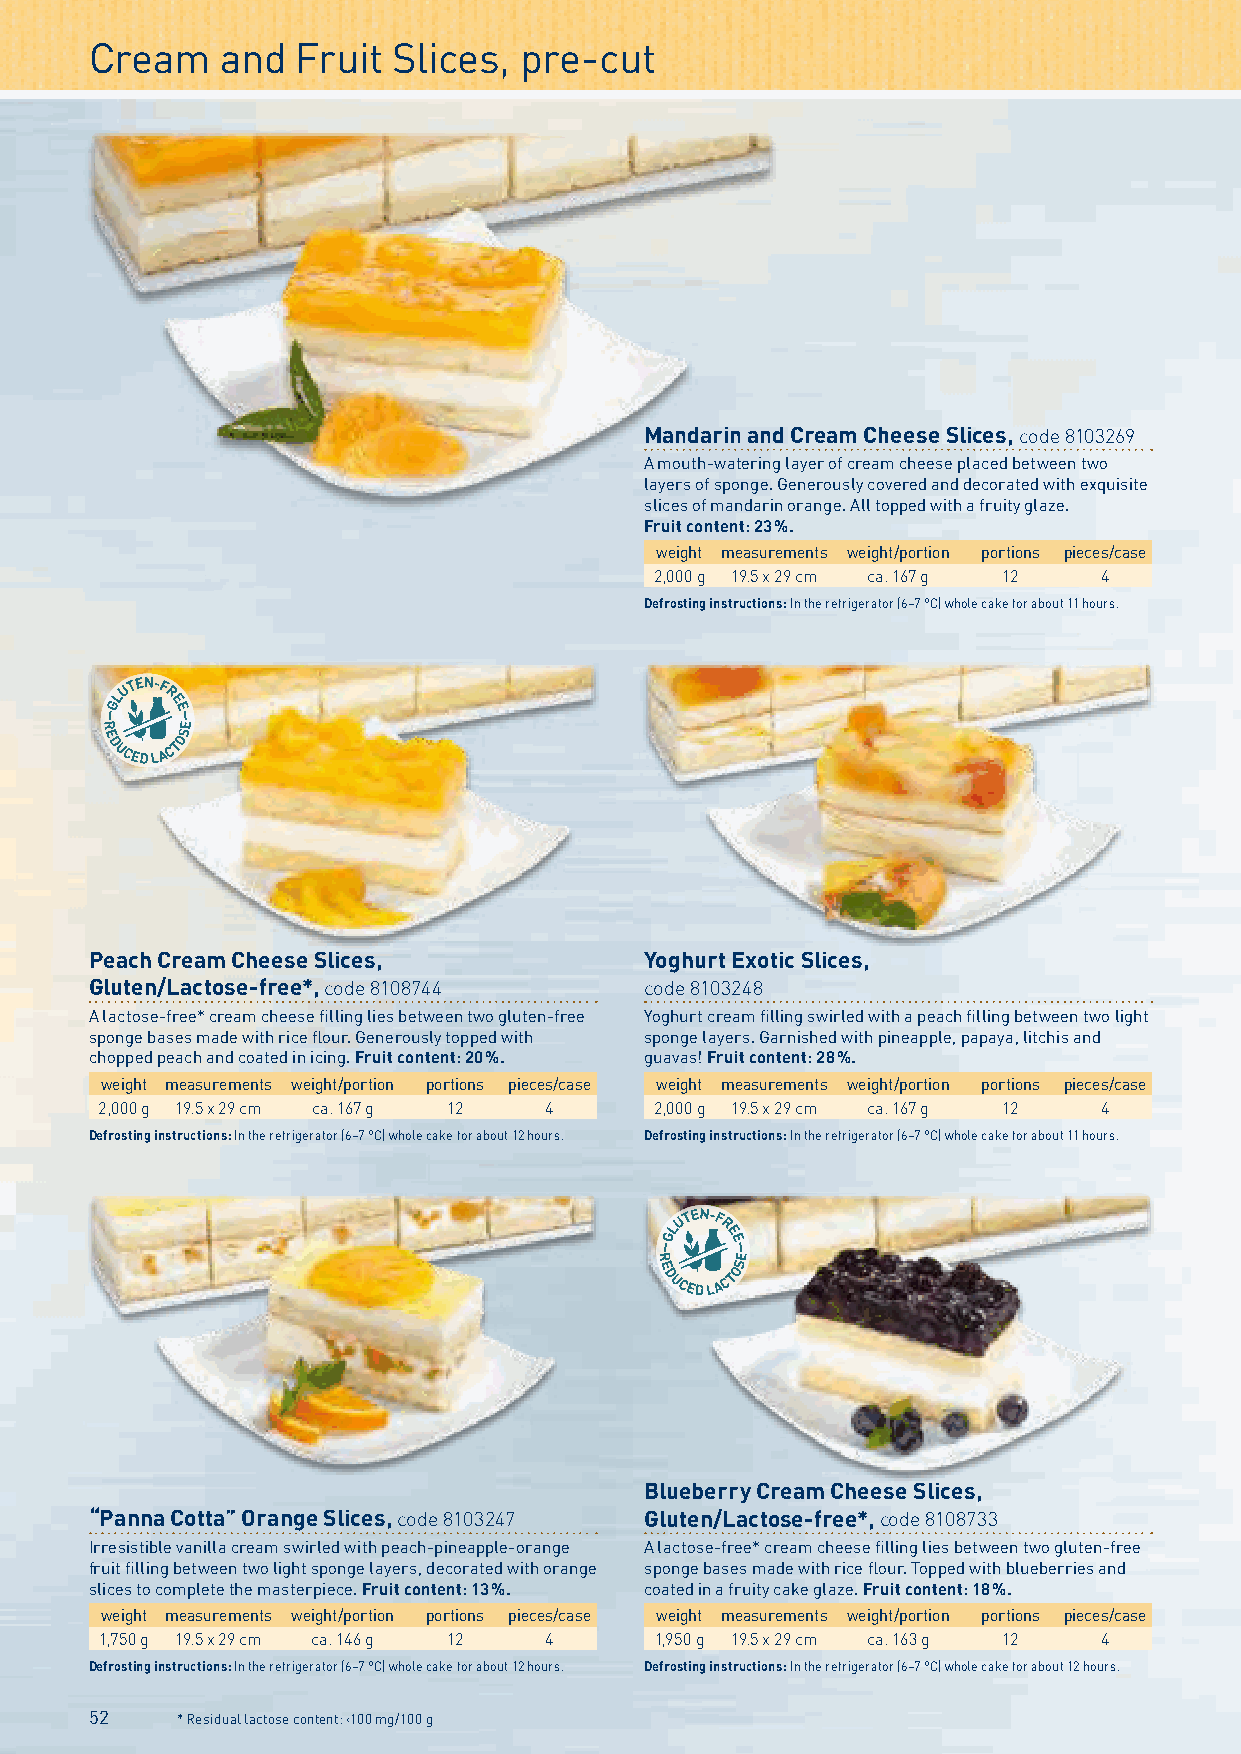
Cream    and  Fruit Slices, pre-cut
 Mandarin and Cream Cheese Slices, code 8103269
 A mouth-watering layer of cream cheese placed between two
 layers of sponge. Generously covered and decorated with exquisite
 slices of mandarin orange. All topped with a fruity glaze.
 Fruit content: 23 %.
 weight measurements weight/portion portions pieces/case
 2,000 g 19.5 x 29 cm ca. 167 g 12 4
 Defrosting instructions: In the refrigerator (6–7 °C) whole cake for about 11 hours.
 Peach Cream Cheese Slices,           Yoghurt Exotic Slices,
 Gluten/Lactose-free*, code 8108744   code 8103248
 A lactose-free* cream cheese filling lies between two gluten-free Yoghurt cream filling swirled with a peach filling between two light
 sponge bases made with rice flour. Generously topped with sponge layers. Garnished with pineapple, papaya, litchis and
 chopped peach and coated in icing. Fruit content: 20 %. guavas! Fruit content: 28 %.
 weight measurements weight/portion portions pieces/case weight measurements weight/portion portions pieces/case
 2,000 g 19.5 x 29 cm ca. 167 g 12 4  2,000 g 19.5 x 29 cm ca. 167 g 12 4
 Defrosting instructions: In the refrigerator (6–7 °C) whole cake for about 12 hours. Defrosting instructions: In the refrigerator (6–7 °C) whole cake for about 11 hours.
 Blueberry Cream Cheese Slices,
 “Panna Cotta” Orange Slices, code 8103247 Gluten/Lactose-free*, code 8108733
 Irresistible vanilla cream swirled with peach-pineapple-orange A lactose-free* cream cheese filling lies between two gluten-free
 fruit filling between two light sponge layers, decorated with orange sponge bases made with rice flour. Topped with blueberries and
 slices to complete the masterpiece. Fruit content: 13 %. coated in a fruity cake glaze. Fruit content: 18 %.
 weight measurements weight/portion portions pieces/case weight measurements weight/portion portions pieces/case
 1,750 g 19.5 x 29 cm ca. 146 g 12 4 1,950 g 19.5 x 29 cm ca. 163 g 12 4
 Defrosting instructions: In the refrigerator (6–7 °C) whole cake for about 12 hours. Defrosting instructions: In the refrigerator (6–7 °C) whole cake for about 12 hours.
 52    * Residual lactose content: ‹100 mg/100 g